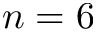
n = 6